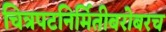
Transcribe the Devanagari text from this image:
चित्रपटनिर्मितीबरोबरच